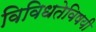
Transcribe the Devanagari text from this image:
विविधतेविषयी